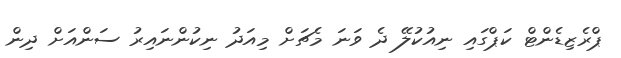
ޕްރެޒިޑެންޓް ކަޕްގައި ނިއުކުލޭ ދެ ވަނަ މެޗަށް މިއަދު ނިކުންނައިރު ސަންއަށް ދިން